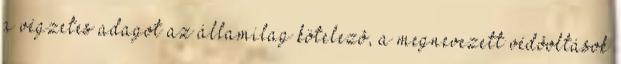
a végzetes adagot az államilag kötelezõ, a megnevezett védõoltások